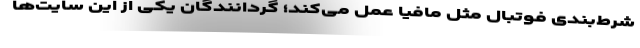
شرط‌بندی فوتبال مثل مافیا عمل می‌کند؛ گردانندگان یکی از این سایت‌ها